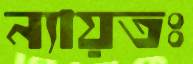
ন্যায়তঃ